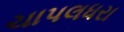
ચાપલધરા